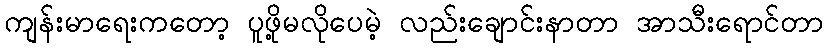
ကျန်းမာရေးကတော့ ပူဖို့မလိုပေမဲ့ လည်းချောင်းနာတာ အာသီးရောင်တာ